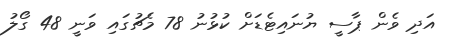
އަދި ވެން ޕާސީ ޔުނައިޓެޑަށް ކުޅުނު 78 މެޗުގައި ވަނީ 48 ގޯލު